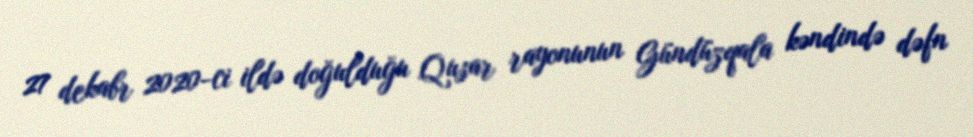
27 dekabr 2020-ci ildə doğulduğu Qusar rayonunun Gündüzqala kəndində dəfn